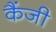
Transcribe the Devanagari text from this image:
कैंजी